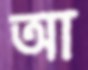
আ